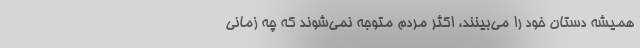
همیشه دستان خود را می‌بینند، اکثر مردم متوجه نمی‌شوند که چه زمانی